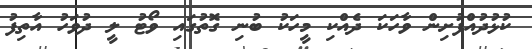
ކުޅުދުއްފުށިން ވާހަކަ ދެއްކި މީހަކު ބުނި ގޮތުގައި ވޯޓު ލީ ދުވަހު އާތިފު